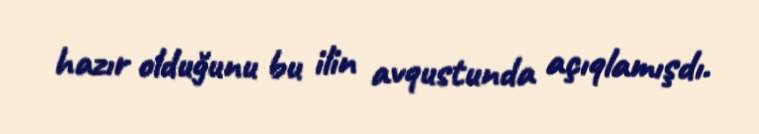
hazır olduğunu bu ilin avqustunda açıqlamışdı.